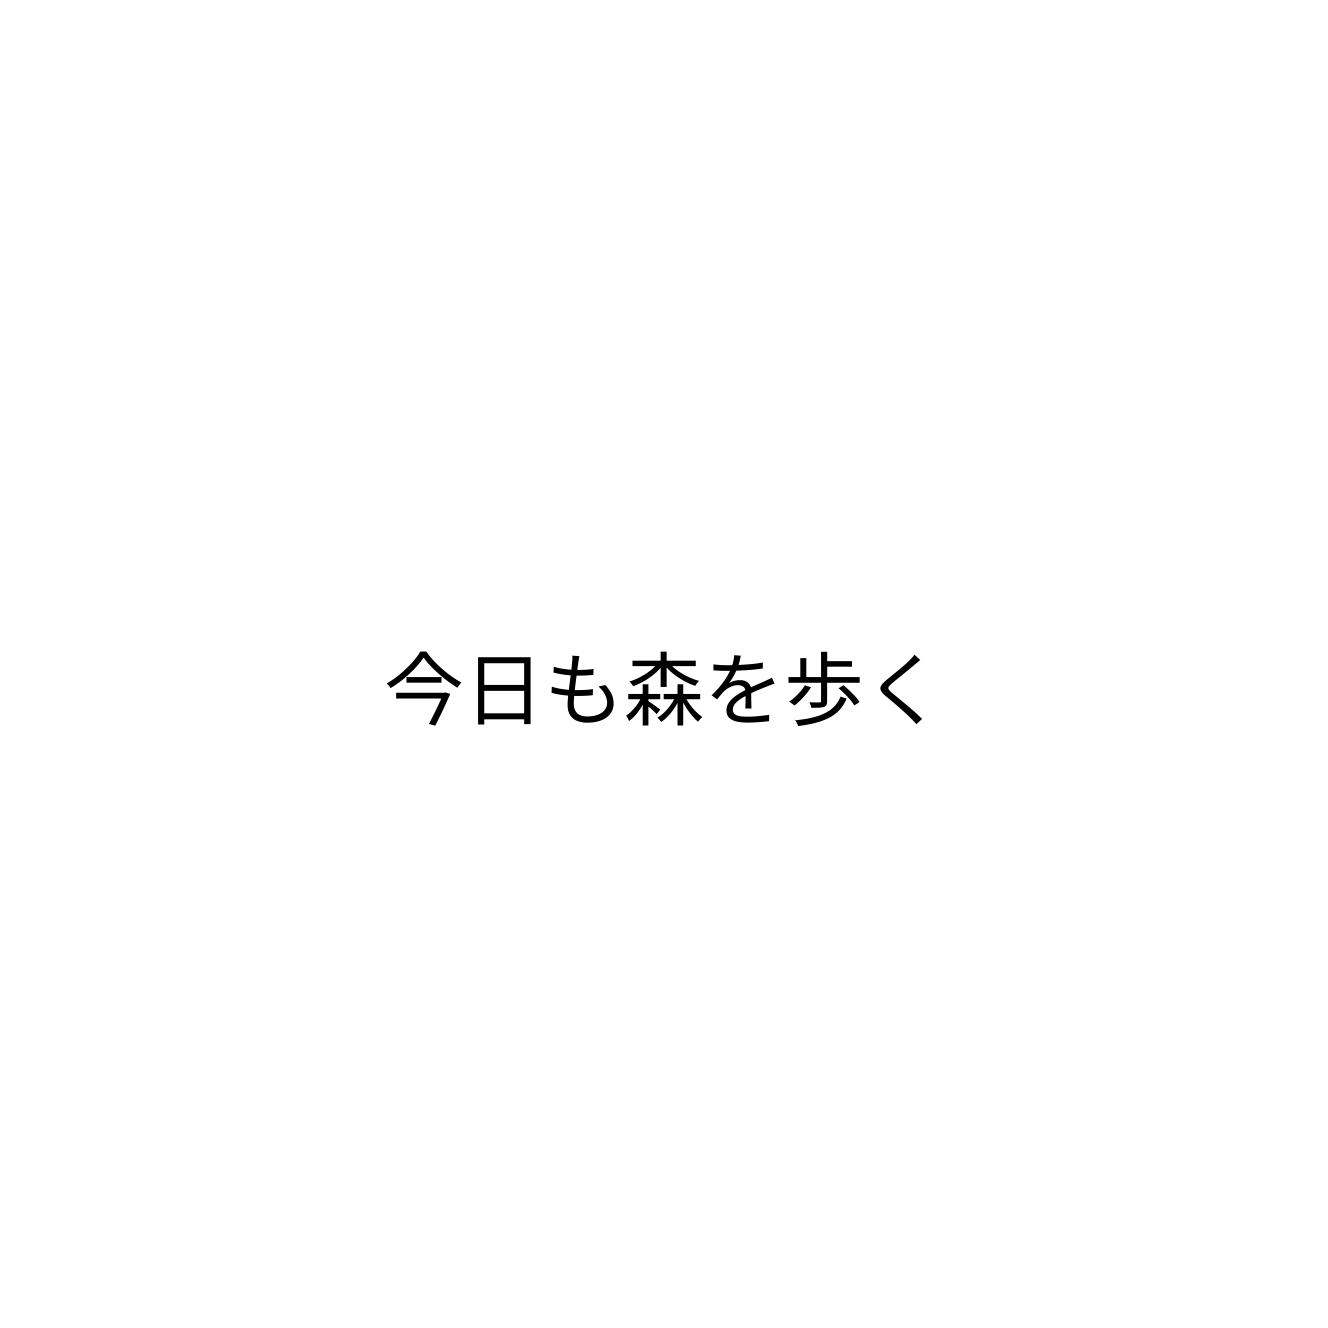
今日も森を歩く